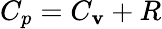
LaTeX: C_{p}=C_{\mathbf{v}}+R